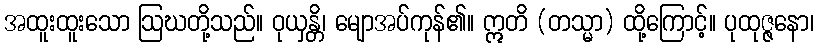
အထူးထူးသော ဩဃတို့သည်။ ဝုယှန္တိ၊ မျောအပ်ကုန်၏။ ဣတိ (တသ္မာ) ထို့ကြောင့်။ ပုထုဇ္ဇနော၊